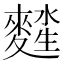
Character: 𪍖